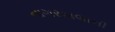
નાગરવાલાની